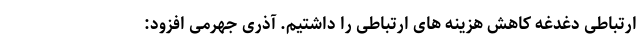
ارتباطی دغدغه کاهش هزینه های ارتباطی را داشتیم. آذری جهرمی افزود: